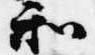
和